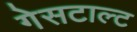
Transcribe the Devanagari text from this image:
गेसटाल्ट